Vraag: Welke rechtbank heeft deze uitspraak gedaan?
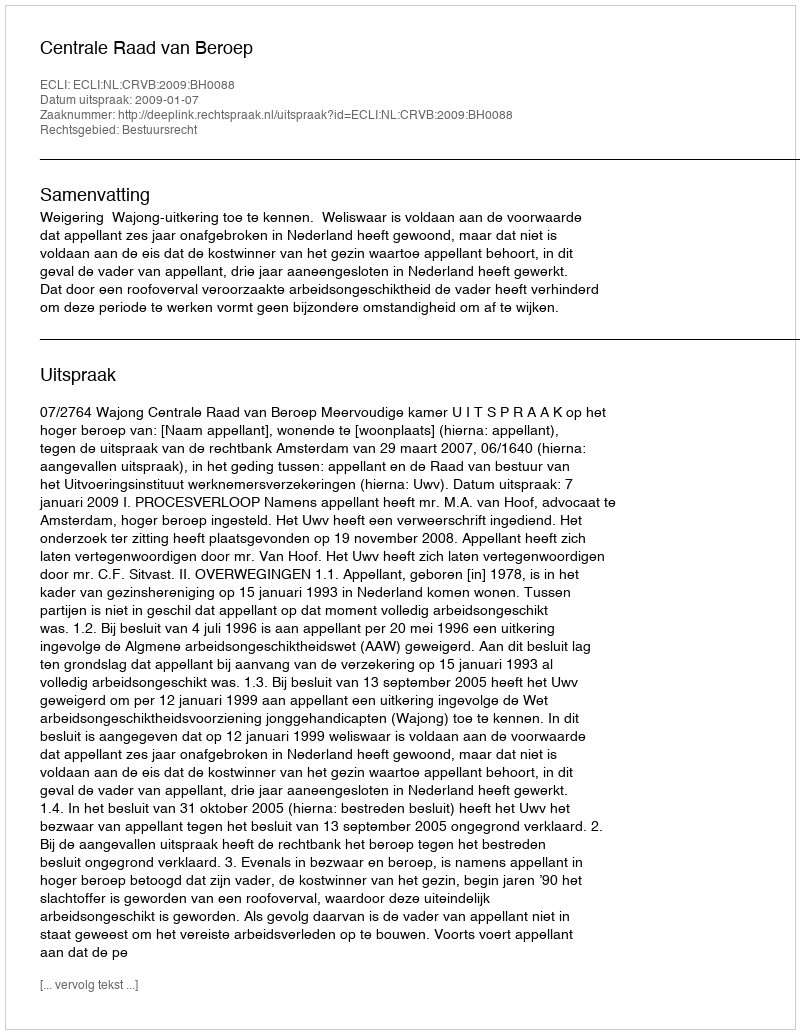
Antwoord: Centrale Raad van Beroep